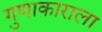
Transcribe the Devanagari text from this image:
गुणाकाराला